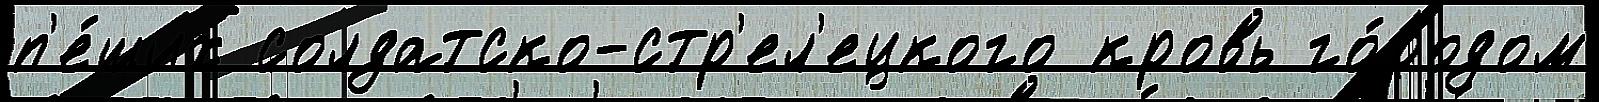
п'е́ших солдатско-стр'ел'ецкого кровь го́родом